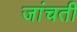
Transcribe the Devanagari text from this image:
जांचती